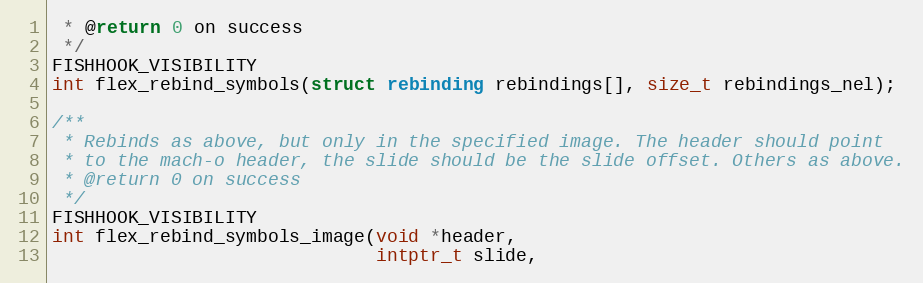
Language: C
 * @return 0 on success
 */
FISHHOOK_VISIBILITY
int flex_rebind_symbols(struct rebinding rebindings[], size_t rebindings_nel);

/**
 * Rebinds as above, but only in the specified image. The header should point
 * to the mach-o header, the slide should be the slide offset. Others as above.
 * @return 0 on success
 */
FISHHOOK_VISIBILITY
int flex_rebind_symbols_image(void *header,
                              intptr_t slide,